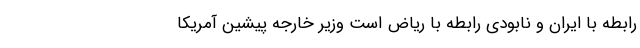
رابطه با ایران و نابودی رابطه با ریاض است وزیر خارجه پیشین آمریکا